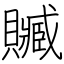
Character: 贓